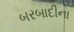
બરબાદીના